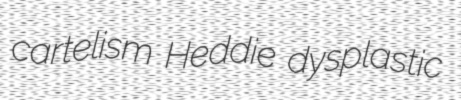
cartelism Heddie dysplastic